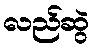
လည်ဆွဲ